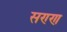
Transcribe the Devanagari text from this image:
सण्ण